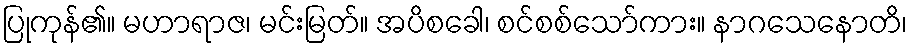
ပြုကုန်၏။ မဟာရာဇ၊ မင်းမြတ်။ အပိစခေါ၊ စင်စစ်သော်ကား။ နာဂသေနောတိ၊